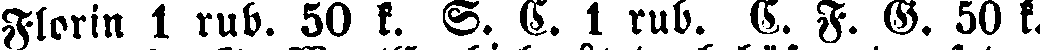
Florin 1 rub. 50 k. S. C. 1 rub. C. F. G. 50 k.